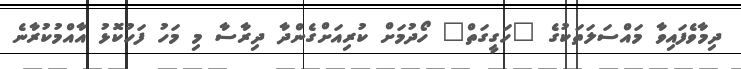
ދިމާވެފައިވާ މައްސަލަތަކުގެ "ހަގީގަތް" ހޯދުމަށް ކުރިއަށްގެންދާ ދިރާސާ މި މަހު ފަހުކޮޅު އާއްމުކުރާނެ